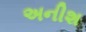
અનીશ